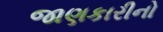
જાણકારીનો